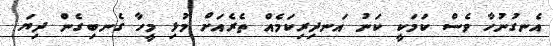
އެނގުނުހާ ވެސް ކަމަކީ ކަނު އަނދިިރިކަމެއް ތެރެއަށް މުޅި މީހާ ގެނބިގެން ދިޔަ